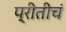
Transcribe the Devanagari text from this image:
प्रीतीचं